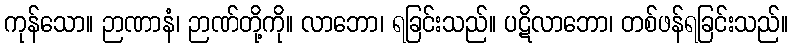
ကုန်သော။ ဉာဏာနံ၊ ဉာဏ်တို့ကို။ လာဘော၊ ရခြင်းသည်။ ပဋိလာဘော၊ တစ်ဖန်ရခြင်းသည်။